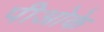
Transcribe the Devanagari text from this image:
पीओके